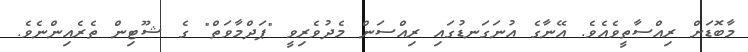
މާބޮޑަށް ރިއްސާތީވެއެވެ. އޭނާގެ އުނަގަނޑުގައި ރިއްސަން މެދުވެރިވީ "ޕަދްމާވަތް" ގެ ޝޫޓިން ތެރެއިންނެވެ.